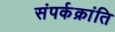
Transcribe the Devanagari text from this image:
संपर्कक्रांति